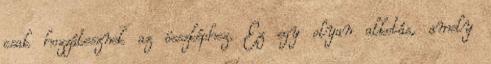
csak hozzátesznek az összképhez. Ez egy olyan alkotás, amely